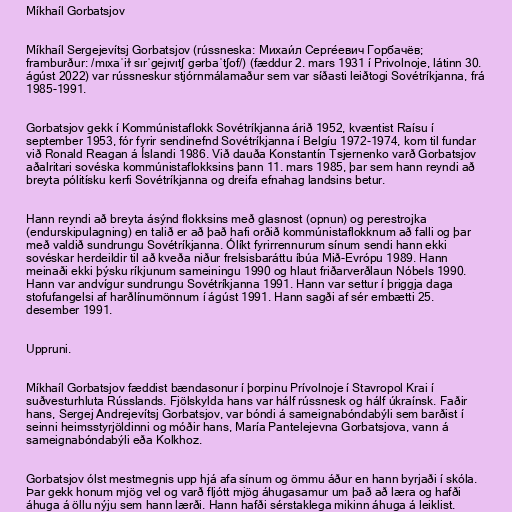
Míkhaíl Gorbatsjov

Míkhaíl Sergejevítsj Gorbatsjov (rússneska: Михаи́л Серге́евич Горбачёв;
framburður: /mɪxaˈiɫ sɪrˈgejɪvɪtʃ gərbaˈtʃof/) (fæddur 2. mars 1931 í Privolnoje, látinn 30.
ágúst 2022) var rússneskur stjórnmálamaður sem var síðasti leiðtogi Sovétríkjanna, frá
1985-1991.

Gorbatsjov gekk í Kommúnistaflokk Sovétríkjanna árið 1952, kvæntist Raísu í
september 1953, fór fyrir sendinefnd Sovétríkjanna í Belgíu 1972-1974, kom til fundar
við Ronald Reagan á Íslandi 1986. Við dauða Konstantín Tsjernenko varð Gorbatsjov
aðalritari sovéska kommúnistaflokksins þann 11. mars 1985, þar sem hann reyndi að
breyta pólitísku kerfi Sovétríkjanna og dreifa efnahag landsins betur.

Hann reyndi að breyta ásýnd flokksins með glasnost (opnun) og perestrojka
(endurskipulagning) en talið er að það hafi orðið kommúnistaflokknum að falli og þar
með valdið sundrungu Sovétríkjanna. Ólíkt fyrirrennurum sínum sendi hann ekki
sovéskar herdeildir til að kveða niður frelsisbaráttu íbúa Mið-Evrópu 1989. Hann
meinaði ekki þýsku ríkjunum sameiningu 1990 og hlaut friðarverðlaun Nóbels 1990.
Hann var andvígur sundrungu Sovétríkjanna 1991. Hann var settur í þriggja daga
stofufangelsi af harðlínumönnum í ágúst 1991. Hann sagði af sér embætti 25.
desember 1991.

Uppruni.

Míkhaíl Gorbatsjov fæddist bændasonur í þorpinu Prívolnoje í Stavropol Krai í
suðvesturhluta Rússlands. Fjölskylda hans var hálf rússnesk og hálf úkraínsk. Faðir
hans, Sergej Andrejevítsj Gorbatsjov, var bóndi á sameignabóndabýli sem barðist í
seinni heimsstyrjöldinni og móðir hans, María Pantelejevna Gorbatsjova, vann á
sameignabóndabýli eða Kolkhoz.

Gorbatsjov ólst mestmegnis upp hjá afa sínum og ömmu áður en hann byrjaði í skóla.
Þar gekk honum mjög vel og varð fljótt mjög áhugasamur um það að læra og hafði
áhuga á öllu nýju sem hann lærði. Hann hafði sérstaklega mikinn áhuga á leiklist.